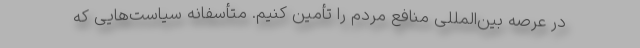
در عرصه بین‌المللی منافع مردم را تأمین کنیم. متأسفانه سیاست‌هایی که